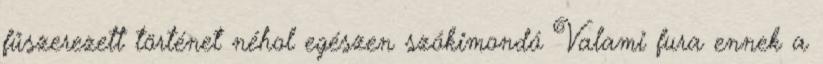
fűszerezett történet néhol egészen szókimondó Valami fura ennek a